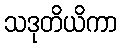
သဒုတိယိကာ